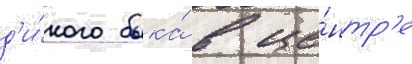
д'и́кого быка́ в це́нтр'е